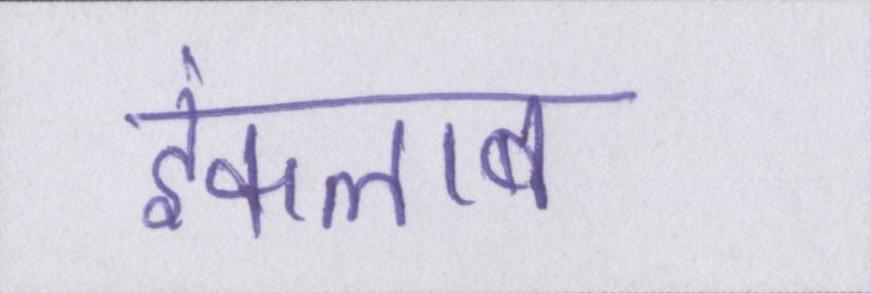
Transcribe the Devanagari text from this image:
इंकलाब